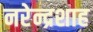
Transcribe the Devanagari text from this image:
नरेन्द्रशाह